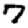
Digit: 7